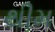
થીમ